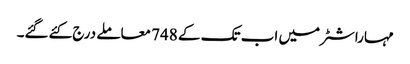
مہاراشٹر میں اب تک کے 748 معاملے درج کئےگئے۔